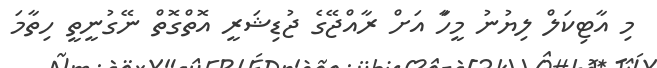
މި އާޓިކަލް ލިޔުނު މީހަާ އަށް ރާއްޖޭގެ ޖުޑިޝަރީ އޮތްގޮތް ނޭގުނީތީ ހިތާމަ